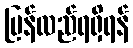
ပြန်လည်ရရှိရန်